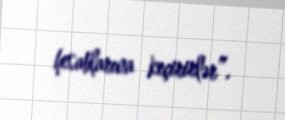
hesablarına keçirirlər”.